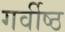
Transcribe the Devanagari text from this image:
गर्वीष्ठ